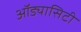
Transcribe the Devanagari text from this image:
ऑड्यासिटी